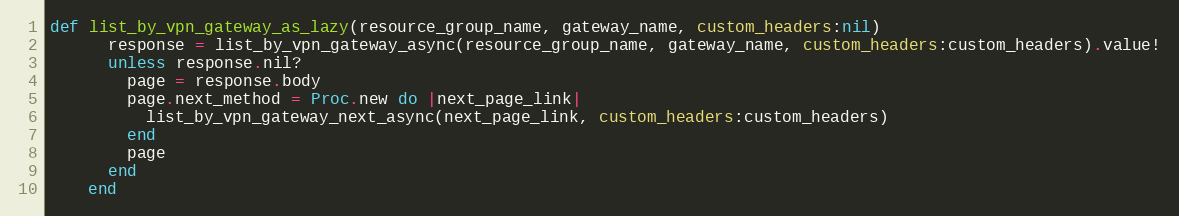
Language: Ruby
def list_by_vpn_gateway_as_lazy(resource_group_name, gateway_name, custom_headers:nil)
      response = list_by_vpn_gateway_async(resource_group_name, gateway_name, custom_headers:custom_headers).value!
      unless response.nil?
        page = response.body
        page.next_method = Proc.new do |next_page_link|
          list_by_vpn_gateway_next_async(next_page_link, custom_headers:custom_headers)
        end
        page
      end
    end